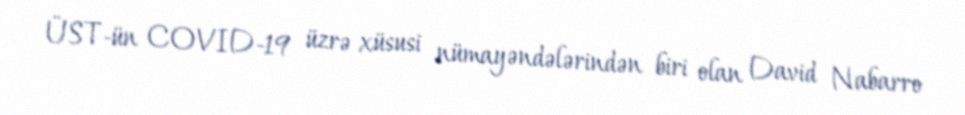
ÜST-ün COVID-19 üzrə xüsusi nümayəndələrindən biri olan David Nabarro